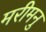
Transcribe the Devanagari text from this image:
मरीमनु